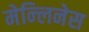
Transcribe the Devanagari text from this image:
मेन्लिनेस